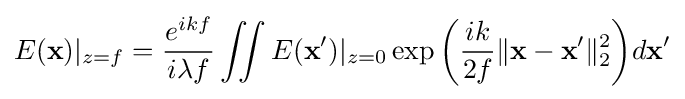
E(\mathbf {x} )|_{z=f}={\frac {e^{ikf}}{i\lambda f}}\iint E(\mathbf {x} ')|_{z=0}\exp {\biggl (}{\frac {ik}{2f}}\|\mathbf {x} -\mathbf {x} '\|_{2}^{2}{\biggr )}d\mathbf {x} '